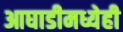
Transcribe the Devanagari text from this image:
आघाडीमध्येही